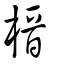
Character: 榗